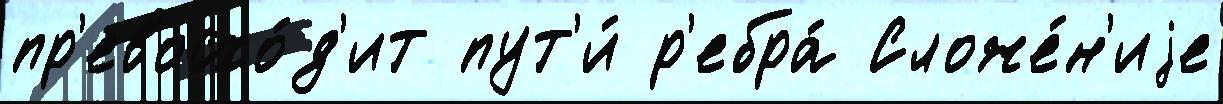
пр'евосхо́д'ит пут'и́ р'ебра́ Сложе́н'иjе